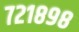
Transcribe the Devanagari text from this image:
७२१८९८